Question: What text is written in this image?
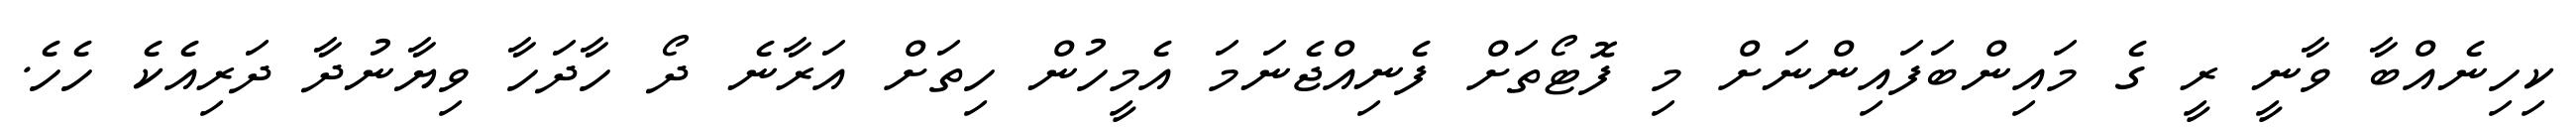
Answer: ކިހިނެއްބާ ވާނީ ރީ ގެ މައިންބަފައިންނަށް މި ފޮޓޯތަށް ފެނިއްޖެނަމަ އެމީހުން ހިތަށް އަރާނެ ދޯ ހާދަހާ ވިޔާނުދާ ދަރިއެކެ ހެހެ.